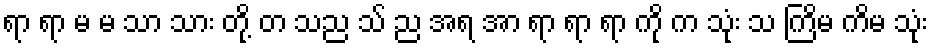
ရာ ရာ မ မ သာ သား တို့ တ သည သ် ည အရ အာ ရာ ရာ ရာ ကို က သုံး သ ကြိမ က်ိမ သုံး